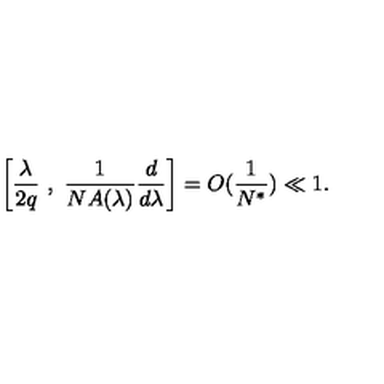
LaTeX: \left[ \frac { \lambda } { 2 q } \ , \ \frac { 1 } { N A ( \lambda ) } \frac { d } { d \lambda } \right] = O ( \frac { 1 } { N ^ { * } } ) \ll 1 .